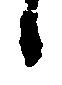
候